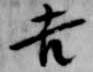
吉